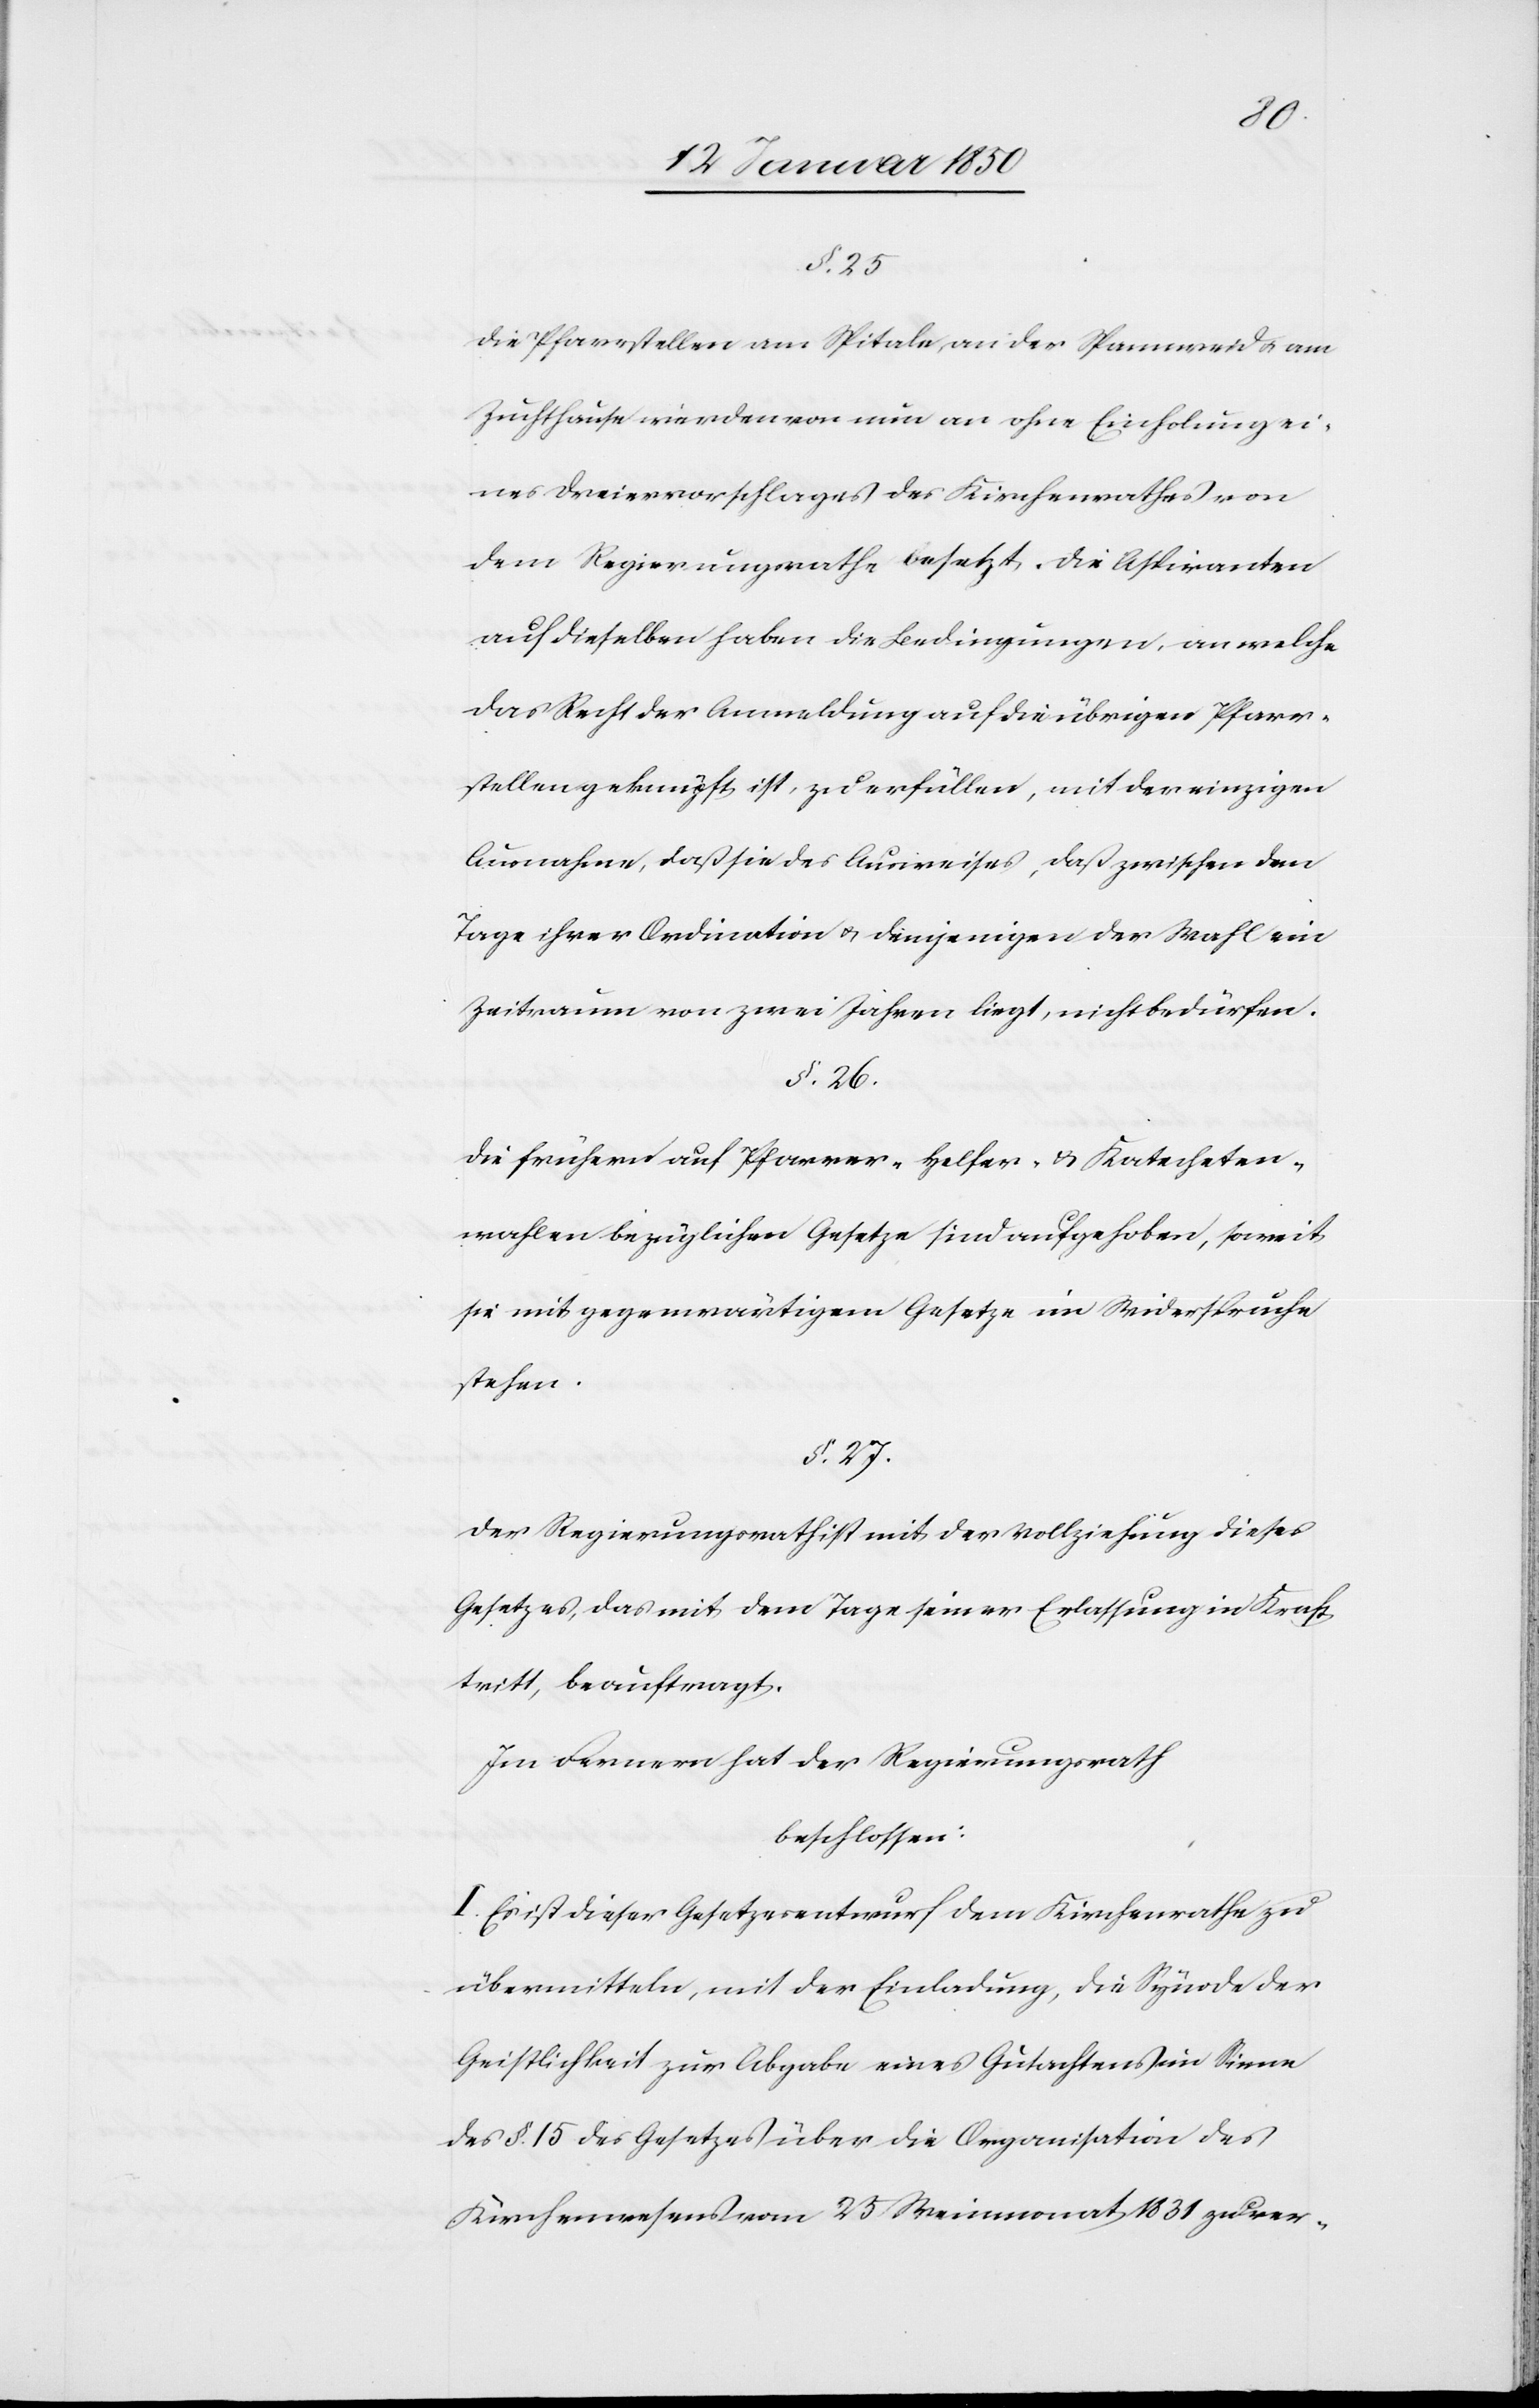
§. 25.
Die Pfarrstellen am Spitale, an der Spannweid u. am
Zuchthause werden von nun an ohne Einholung ei¬
nes Dreiervorschlages des Kirchenrathes von
dem Regierungsrathe besetzt. Die Aspiranten
auf dieselben haben die Bedingungen, an welche
das Recht der Anmeldung auf die übrigen Pfarr¬
stellen geknüpft ist, zu erfüllen, mit der einzigen
Ausnahme, daß sie des Ausweises, daß zwischen dem
Tage ihrer Ordination u. demjenigen der Wahl ein
Zeitraum von zwei Jahren liegt, nicht bedürfen.
§. 26.
Die frühern auf Pfarrer-[,]Helfer- u. Katecheten¬
wahlen bezüglichen Gesetze sind aufgehoben, soweit
sie mit gegenwärtigem Gesetze im Widerspruche
stehen.
§. 27.
Der Regierungsrath ist mit der Vollziehung dieses
Gesetzes, das mit dem Tage seiner Erlassung in Kraft
tritt, beauftragt.
Im Fernern hat der Regierungsrath
beschlossen:
I. Es ist dieser Gesetzesentwurf dem Kirchenrathe zu
übermitteln, mit der Einladung, die Synode der
Geistlichkeit zur Abgabe eines Gutachtens im Sinne
des §. 15 des Gesetzes über die Organisation des
Kirchenwesens vom 25 Weinmonat 1831 zu ver-